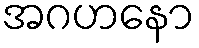
အဂဟနော